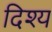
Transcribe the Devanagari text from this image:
दिश्य